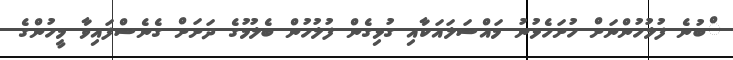
ްބުނެ ފުލުހުންނަށް ހުށަހެޅުނު މައްސަލައަކާއި ގުޅިގެން ފުލުހުން ބެލުމުގެ ދަށަށް ގެނެސްފައިވާ މީހުންގެ